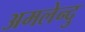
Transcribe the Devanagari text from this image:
अमलेन्दु